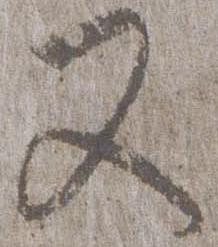
又